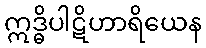
ဣဒ္ဓိပါဋိဟာရိယေန